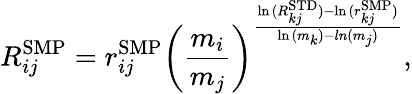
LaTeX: R_{ij}^{\mathrm{{SMP}}}=r_{ij}^{\mathrm{{SMP}}}{\left(\frac{m_{i}}{m_{j}}\right)}^{\frac{\ln{(R_{kj}^{\mathrm{{STD}}})}-\ln{(r_{kj}^{\mathrm{{SMP}}})}}{\ln{(m_{k})}-ln{(m_{j})}}},